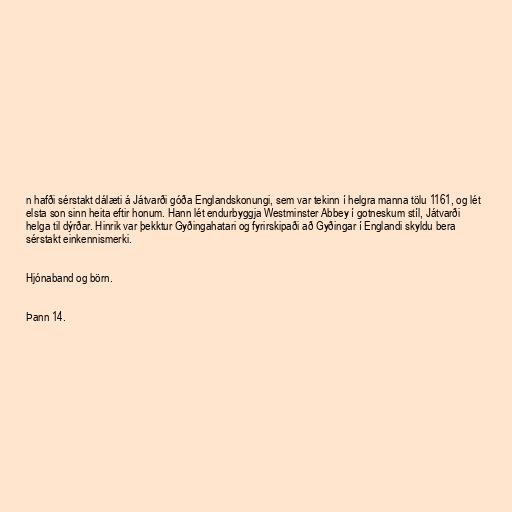
n hafði sérstakt dálæti á Játvarði góða Englandskonungi, sem var tekinn í helgra manna tölu 1161, og lét
elsta son sinn heita eftir honum. Hann lét endurbyggja Westminster Abbey í gotneskum stíl, Játvarði
helga til dýrðar. Hinrik var þekktur Gyðingahatari og fyrirskipaði að Gyðingar í Englandi skyldu bera
sérstakt einkennismerki.

Hjónaband og börn.

Þann 14.